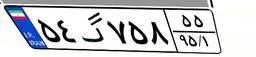
۲۸گ۳۷۰۸۲